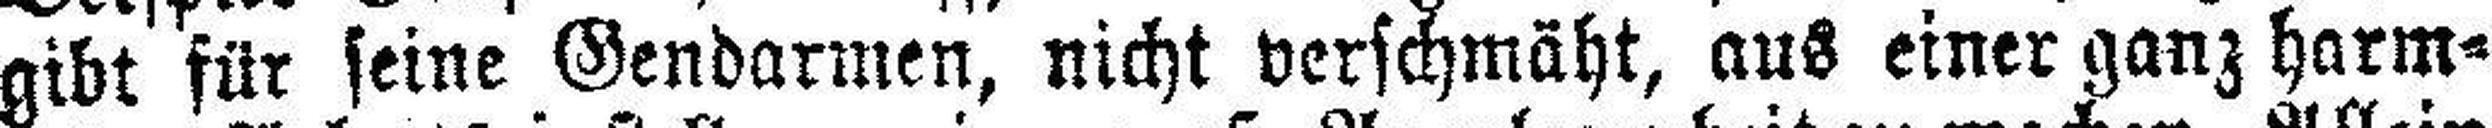
gibt für seine Gendarmen, nicht verschmäht, aus einer ganz harm¬